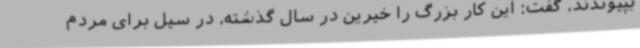
بپیوندند، گفت: این کار بزرگ را خیرین در سال گذشته، در سیل برای مردم